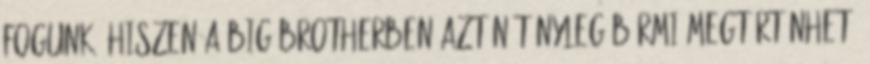
fogunk, hiszen a Big Brotherben aztán tényleg bármi megtörténhet.